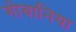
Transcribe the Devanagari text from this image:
गोबानिया